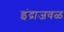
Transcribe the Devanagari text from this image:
इंद्राजवळ